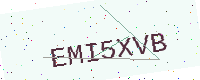
Text: EMI5XVB